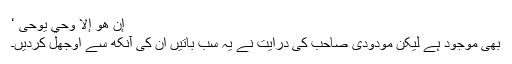
إِنْ هُوَ إِلَّا وَحْيٌ يُوحَىٰ ‘
بھی موجود ہے لیکن مودودی صاحب کی درایت نے یہ سب باتیں ان کی آنکھ سے اوجھل کردیں۔